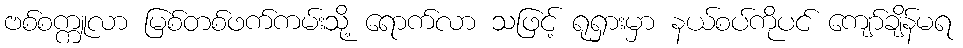
ဗစ်စက္ကူလာ မြစ်တစ်ဖက်ကမ်းသို့ ရောက်လာ သဖြင့် ရုရှားမှာ နယ်စပ်ကိုပင် ကျော်ချိန်မရ